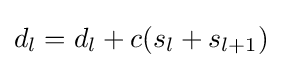
d_{l}=d_{l}+c(s_{l}+s_{l+1})